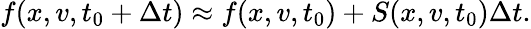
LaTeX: f(x,v,t_{0}+\Delta t)\approx f(x,v,t_{0})+S(x,v,t_{0})\Delta t.